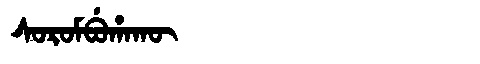
Manchu: ᠰᠣᡵᠣᠮᠪᡠᡥᠠᡴᡡ
Romanization: SOROMBUHAKŪ